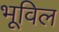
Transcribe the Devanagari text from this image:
भूविल